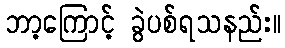
ဘာ့ကြောင့် ခွဲပစ်ရသနည်း။